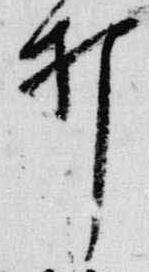
打